Memorandum on the prevention of leprosy by segregation of the affected
Disease focus: Leprosy
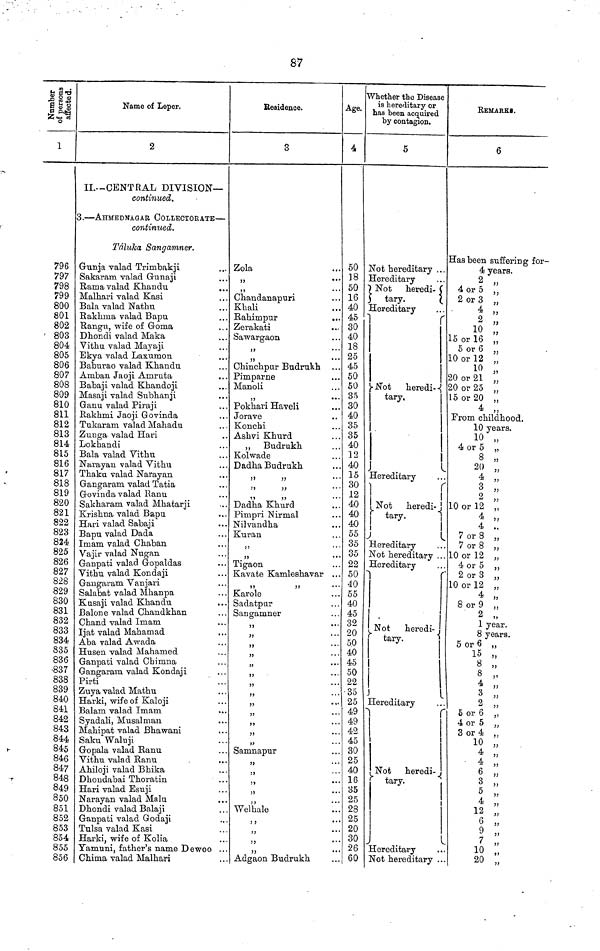
87
Number of persons affected.
1
796
797
798
799
800
801
802
• 803
804
805
806
807
808
809
810
811
812
813
814
815
816
817
818
819
820
821
822
823
824
825
826
827
828
829
830
831
832
833
834
835
836
•837
838
839
840
841
842
843
844
845
846
847
848
849
850
851
852
853
854
855
856
Name of Leper.
2
II.-CENTRAL DIVISION—
continued.
.—AHMEDNAGAR COLLECTORATE—
continued.
Táluka Sangamner.
Gunja valad Trimbakji
Sakaram valad Gunaji
Rama valad Khandu
Malhari valad Kasi
Bala valad Nathu
Rakhma valad Bapu
Rangu, wife of Goma
Dhondi valad Maka
Vithu valad Mayaji
Ekya valad Laxumon
Baburao valad Khandu
Amban Jaoji Amruta
Babaji valad Khandoji
Masaji valad Subhanji
Ganu valad Piraji
Rakhmi Jaoji Govinda
Tukaram valad Mahadu
Zunga valad Hari
Lokhandi
Bala valad Vithu
Narayan valad Vithu
Thaku valad Narayan
Gangaram. valad Tatia
Govinda valad Ranu
Sakharam valad Mhatarji
Krishna valad Bapu
Hari valad Sabaji
Bapu valad Dada
Imam valad Chaban.
Vajir valad Nugan
Ganpati valad Gopaldas
Vithu valad Kondaji
Gangaram Vanjari
Salabat valad Mhanpa
Kusaji valad Khandu
Balone valad Chandkhan
Chand valad Imam
Ijat valad Mahamad
Aba valad Awada
Husen valad Mahamed
Ganpati valad Chimna
Gangaram valad Kondaji
Pirti
Zuya valad Mathu
Harki, wife of Kaloji
Balam valad Imam
Syadali, Musalman
Mahipat valad Bhawani
Saku Waluji
Gopala valad Ranu
Vithu valad Ranu
Ahiloji valad Bhika
Dhondabai Thoratin
Hari valad Esuji
Narayan valad Malu
Dhondi valad Balaji
Ganpati valad Godaji
Tulsa valad Kasi
Harki, wife of Kolia
Yamuni, father's name Dewoo .
Chima valad Malhari
Residence.
3
Zola
,,
3)
Chandanapuri
Khali
Rahimpur
Zerakati
Sawargaon
,,
,,
...
Dhinchpur Budrukh
Pimparne
Manoli
,,
...
Pokhari Haveli
Jorave
Konchi
Ashvi Khurd
,, Budrukh
Kolwade
Dadha Budrukh
,,
,, ,,
,, ,,
Dadha Khurd
Pimpri Nirmal
Nilvandha
Kuran
,,
,,
Tigaon
Kavate Kamleshavar ..
,, ,,
Karole
Sadatpur
Sangamner
,, ,,
,,
,,
,, ,,
,, ,,
,, ,,
,,
,, ,,
,,
•
,,
,,
,,
Samnapnr
,,
5»
)>
*
,,
,,
Welhale
,,
,, ,,
,,
,,
*
Adgaon Budrukh
Age.
4
50
]8
50
16
40
45
30
40
18
25
45
50
50
35
30
40
35
35
40
12
40
15
30
12
40
40
40
55
35
35
22
50
40
55
40
45
32
20
50
40
45
50
22
35
25
49
49
42
45
30
25
40
16
35
25
28
25
20
30
26
60
Whether the Disease
is hereditary or
has been acquired
by contagion.
5
Not hereditary ...
Hereditary
Not heredi-
tary.
Hereditary
Not heredi-
tary.
Hereditary
Not heredi-
tary.
Hereditary
Not hereditary ..
Hereditary
Not heredi-
tary.
Hereditary
Not heredi-
tary.
Hereditary
Not hereditary .
REMARKS.
6
Has been suffering for-
4 years.
2 „
4 or 5 ,,
2 or 3 „
4 „
2 „
10 „
5 or 16 ,,
5 or 6 „
10 or 12 „
10 „
20 or 21 „
20 or 25 „
15 or 20 „
4 „
From childhood.
10 years.
10 „
4 or 5 „
8 „
20 „
4 „
3 „
2 „
10 or 12 „
4 „
4 .,
7 or 8 „
7 or 8 „
10 or 12 „
4 or 5 ,,
2 or 3 „
10 or 12 „
4 „
8 or 9 „
2 „
1 year.
8 years.
5 or 6 „
15 „
8 „
8 „
4 „
3
,,
2 ,,
5 or 6 „
4 or 5 „
3 or 4 „
10 „
4 „
4 „
6 „
3
,,
5 „
4 „
12 „
6 „
9 „
7 „
10 „
20 „